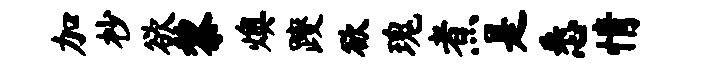
加杪欲黎燠躞欲瑰煮是悉情